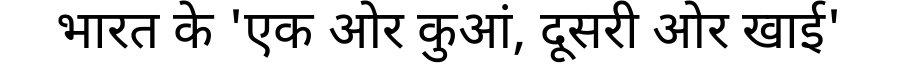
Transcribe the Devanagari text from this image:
भारत के 'एक ओर कुआं, दूसरी ओर खाई'